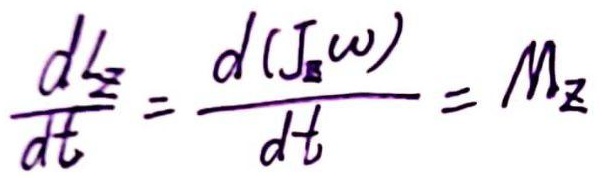
\frac{dL_z}{dt} = \frac{d(J_z\omega)}{dt} = M_z